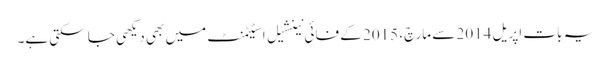
یہ بات اپریل 2014 سے مارچ، 2015 کے فائی نینشیل اسٹیٹمنٹ میں بھی دیکھی جا سکتی ہے۔